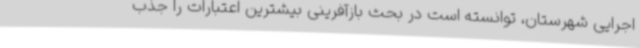
اجرایی شهرستان، توانسته است در بحث بازآفرینی بیشترین اعتبارات را جذب